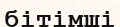
бітімші